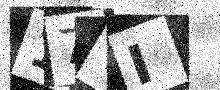
Text: 17TI